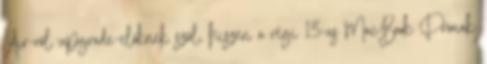
Air-ről upgrade-előknek szól, hiszen a régi 13-as MacBook Prónak